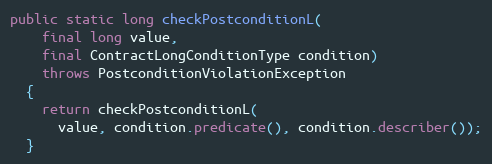
Language: Java
public static long checkPostconditionL(
    final long value,
    final ContractLongConditionType condition)
    throws PostconditionViolationException
  {
    return checkPostconditionL(
      value, condition.predicate(), condition.describer());
  }